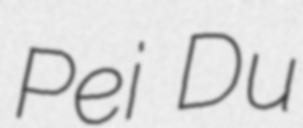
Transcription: Pei Du